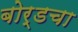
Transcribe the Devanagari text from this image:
बोर्डचा